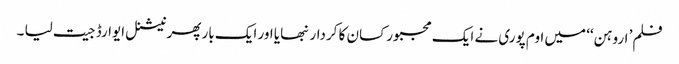
فلم’ اروہن‘‘ میں اوم پوری نے ایک مجبور کسان کا کردار نبھایا اور ایک بار پھر نیشنل ایوارڈ جیت لیا ۔